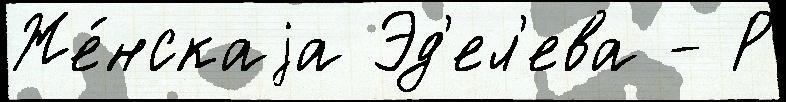
Же́нскаjа Эд'ел'ева - Р